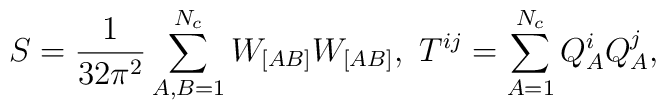
S = \frac{1}{32\pi^2}\sum_{A,B=1}^{N_c} W_{[AB]}W_{[AB]}, \ T^{ij}  =  \sum_{A=1}^{N_c} Q_A^iQ_A^j,